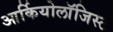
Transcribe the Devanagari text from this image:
आर्कियोलाॅजिस्ट